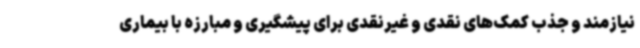
نیازمند و جذب کمک‌های نقدی و غیرنقدی برای پیشگیری و مبارزه با بیماری